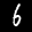
Label: 6